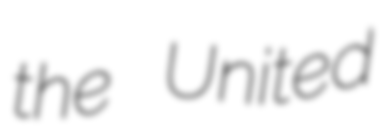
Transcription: the United